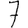
Digit: 7